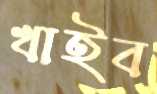
খাইব